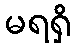
မရရှိ